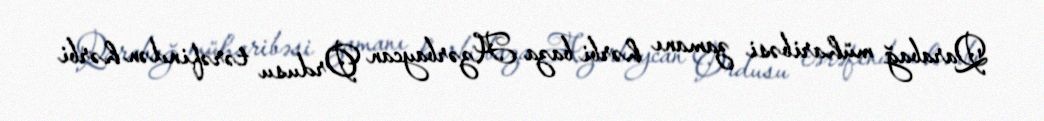
Qarabağ müharibəsi zamanı hərbi baza Azərbaycan Ordusu tərəfindən hərbi